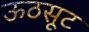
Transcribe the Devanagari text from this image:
ऊठसूट